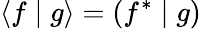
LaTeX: \left\langle f\mid g\right\rangle=\left(f^{*}\mid g\right)